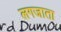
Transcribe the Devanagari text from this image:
लगजाता